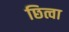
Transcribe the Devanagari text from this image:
छित्वा